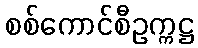
စစ်ကောင်စီဥက္ကဋ္ဌ